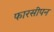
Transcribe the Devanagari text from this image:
फारसीपन